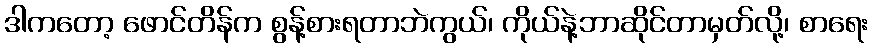
ဒါကတော့ ဖောင်တိန်က စွန့်စားရတာဘဲကွယ်၊ ကိုယ်နဲ့ဘာဆိုင်တာမှတ်လို့၊ စာရေး